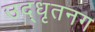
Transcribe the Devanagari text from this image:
उद्‌धृतनग